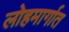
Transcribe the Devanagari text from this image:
लोहमार्गात